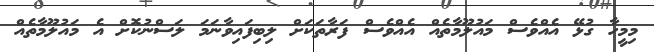
މިމީހާ ގުޅޭ އެއްވެސް މައުލޫމާތެއް އެއްވެސް ފަރާތަކަށް ލިބިފައިވާނަމަ ލަސްނުކޮށް އެ މައުލޫމާތެއް